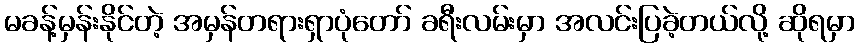
မခန့်မှန်းနိုင်တဲ့ အမှန်တရားရှာပုံတော် ခရီးလမ်းမှာ အလင်းပြခဲ့တယ်လို့ ဆိုရမှာ